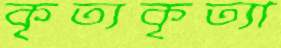
কৃত্যকৃত্যা